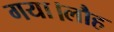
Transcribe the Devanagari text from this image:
गया।लौह